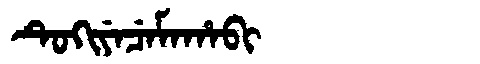
Manchu: ᡨᡠᡴᡳᠶᡝᠴᡝᠮᠠᡥᠠᠪᡳ
Romanization: TUKIYECEMAHABI